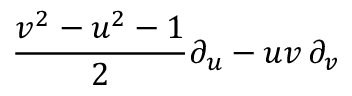
{ \frac { v ^ { 2 } - u ^ { 2 } - 1 } { 2 } } \partial _ { u } - u v \, \partial _ { v }